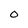
Character: O